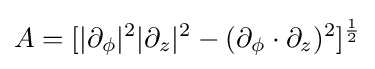
A=[|\partial _{\phi }|^{2}|\partial _{z}|^{2}-(\partial _{\phi }\cdot \partial _{z})^{2}]^{\frac {1}{2}}